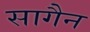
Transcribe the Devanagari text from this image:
सागैन